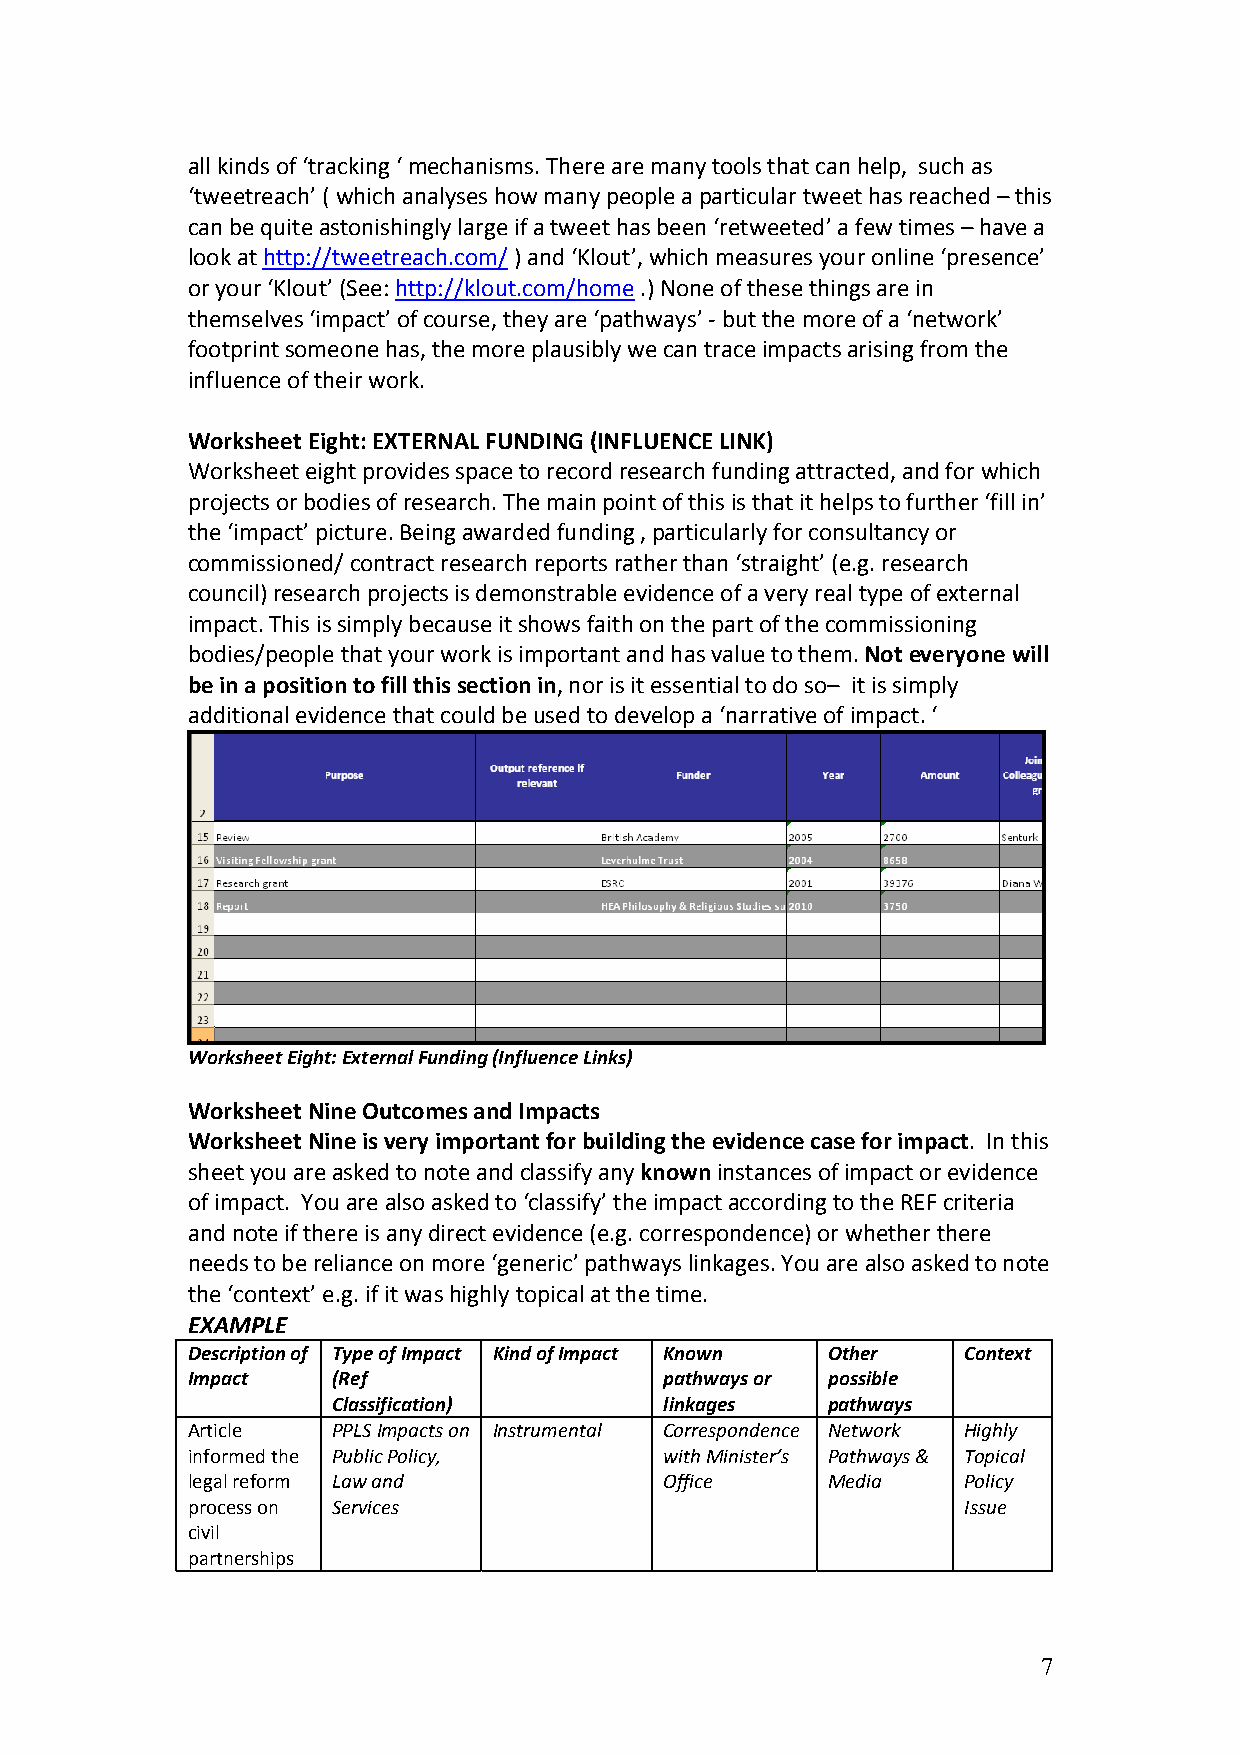
all kinds of ‘tracking ‘ mechanisms. There are many tools that can help, such as
 ‘tweetreach’ ( which analyses how many people a particular tweet has reached – this
 can be quite astonishingly large if a tweet has been ‘retweeted’ a few times – have a
 look at http://tweetreach.com/ ) and ‘Klout’, which measures your online ‘presence’
 or your ‘Klout’ (See: http://klout.com/home .) None of these things are in
 themselves ‘impact’ of course, they are ‘pathways’ ‐ but the more of a ‘network’
 footprint someone has, the more plausibly we can trace impacts arising from the
 influence of their work.
 Worksheet Eight: EXTERNAL FUNDING (INFLUENCE LINK)
 Worksheet eight provides space to record research funding attracted, and for which
 projects or bodies of research. The main point of this is that it helps to further ‘fill in’
 the ‘impact’ picture. Being awarded funding , particularly for consultancy or
 commissioned/ contract research reports rather than ‘straight’ (e.g. research
 council) research projects is demonstrable evidence of a very real type of external
 impact. This is simply because it shows faith on the part of the commissioning
 bodies/people that your work is important and has value to them. Not everyone will
 be in a position to fill this section in, nor is it essential to do so– it is simply
 additional evidence that could be used to develop a ‘narrative of impact. ‘
 Worksheet Eight: External Funding (Influence Links)
 Worksheet Nine Outcomes and Impacts
 Worksheet Nine is very important for building the evidence case for impact. In this
 sheet you are asked to note and classify any known instances of impact or evidence
 of impact. You are also asked to ‘classify’ the impact according to the REF criteria
 and note if there is any direct evidence (e.g. correspondence) or whether there
 needs to be reliance on more ‘generic’ pathways linkages. You are also asked to note
 the ‘context’ e.g. if it was highly topical at the time.
 EXAMPLE
 Description of Type of Impact Kind of Impact Known Other Context
 Impact    (Ref                  pathways or possible
 Classification)       linkages   pathways
 Article   PPLS Impacts on Instrumental Correspondence Network Highly
 informed the Public Policy,     with Minister’s Pathways & Topical
 legal reform Law and            Office     Media    Policy
 process on Services                                 Issue
 civil
 partnerships
 7